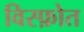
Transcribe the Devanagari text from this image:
विस्फ़ोत